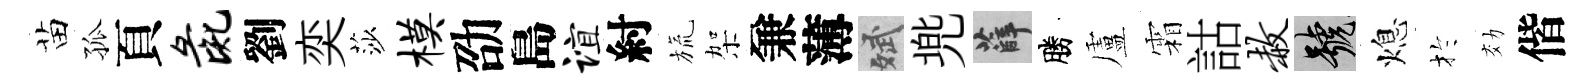
苗孤頁彘劉奕莎模劭島谊紂旒架兼薄斌兠薛勝盧霜詁赦號熄扵効偕